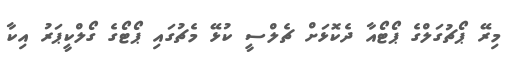
މިރޭ ޕޯޗުގަލްގެ ޕޯޓޯއާ ދެކޮޅަށް ޗެލްސީ ކުޅޭ މެޗުގައި ޕޯޓޯގެ ގޯލްކީޕަރު އިކާ